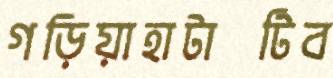
গড়িয়াহাটাটিব